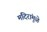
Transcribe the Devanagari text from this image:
मंदिरांमुळे